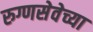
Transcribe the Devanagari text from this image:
रुग्णसेवेच्या